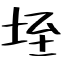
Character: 垤